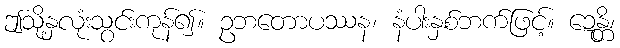
ဤသို့နှလုံးသွင်းကုန်၍။ ဥဘတောပဿန၊ နံပါးနှစ်ဘက်ဖြင့်။ ဍေန္တိ၊